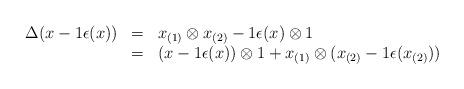
LaTeX: \begin{align*}\begin{array}{rcl}\Delta(x - 1 \epsilon(x)) &=& x_{(1)} \otimes x_{(2)} - 1 \epsilon(x)\otimes 1\\&=& (x - 1 \epsilon(x)) \otimes 1 + x_{(1)} \otimes (x_{(2)} - 1\epsilon(x_{(2)}))\end{array}\end{align*}